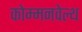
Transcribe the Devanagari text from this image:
कोम्मनवेल्थ